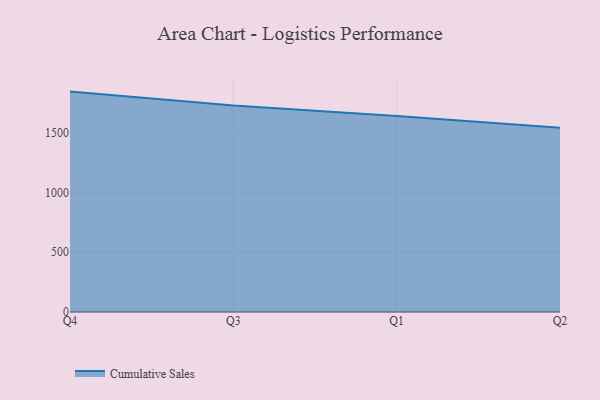
{"axis": {"x": "Quarter", "y": "Market Share (%)"}, "legend": ["Cumulative Sales"], "data": [{"x": "Q4", "y": 1842.9, "type": "Cumulative Sales"}, {"x": "Q3", "y": 1725.7, "type": "Cumulative Sales"}, {"x": "Q1", "y": 1639.8, "type": "Cumulative Sales"}, {"x": "Q2", "y": 1540.9, "type": "Cumulative Sales"}]}